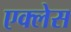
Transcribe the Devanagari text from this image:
एक्लेस